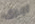
اجرى